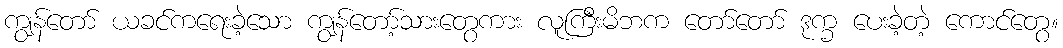
ကျွန်တော် ယခင်ကရေးခဲ့သော ကျွန်တော့်သားတွေကား လူကြီးမိဘက တော်တော် ဒုက္ခ ပေးခဲ့တဲ့ ကောင်တွေ။